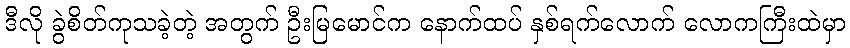
ဒီလို ခွဲစိတ်ကုသခဲ့တဲ့ အတွက် ဦးမြမောင်က နောက်ထပ် နှစ်ရက်လောက် လောကကြီးထဲမှာ